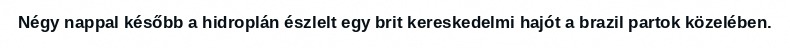
Négy nappal később a hidroplán észlelt egy brit kereskedelmi hajót a brazil partok közelében.